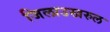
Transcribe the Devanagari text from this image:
जिलाउखरुल